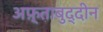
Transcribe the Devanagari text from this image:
अफ़्ताबुद्दीन